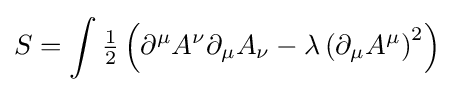
S=\int {\tfrac {1}{2}}\left(\partial ^{\mu }A^{\nu }\partial _{\mu }A_{\nu }-\lambda \left(\partial _{\mu }A^{\mu }\right)^{2}\right)